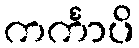
ကင်္ကာပိ